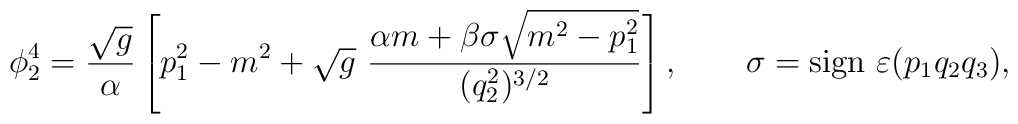
\phi_2^4=\frac{\sqrt{g}}{\alpha}\left[p_1^2-m^2+\sqrt{g}~\frac{\alpha m+\beta\sigma\sqrt{m^2-p_1^2}}{(q_2^2)^{3/2}}\right],~~~~~~\sigma=\mbox{sign}~\varepsilon(p_1q_2q_3),